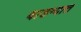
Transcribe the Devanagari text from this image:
वाडग्यात